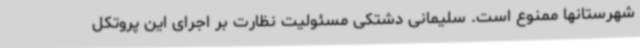
شهرستانها ممنوع است. سلیمانی دشتکی مسئولیت نظارت بر اجرای این پروتکل